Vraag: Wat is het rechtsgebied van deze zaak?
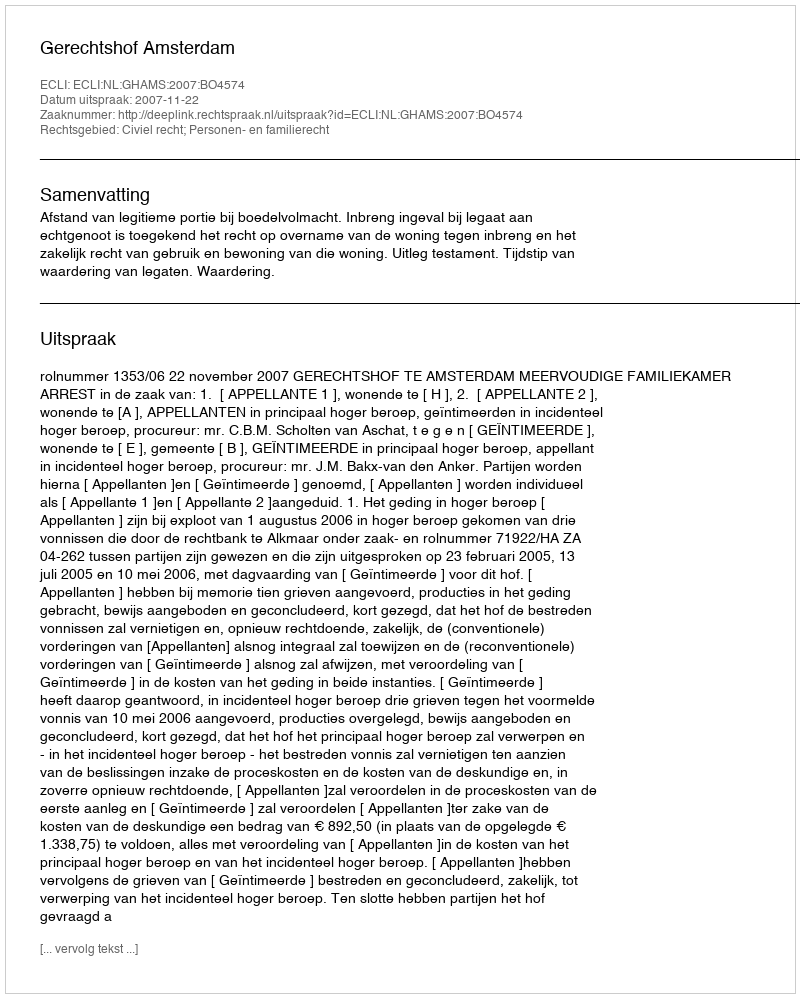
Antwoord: Civiel recht; Personen- en familierecht